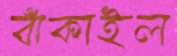
বাঁকাইল